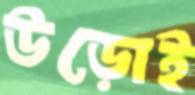
উড়োই